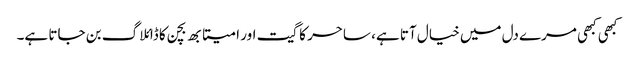
کبھی کبھی مرے دل میں خیال آتا ہے، ساحر کا گیت اور امیتابھ بچن کا ڈائلاگ بن جاتا ہے۔